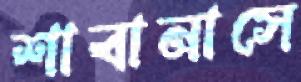
শাবানাসে